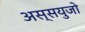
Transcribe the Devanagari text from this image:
अस्सयुजो